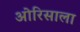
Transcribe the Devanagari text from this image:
ओरिसाला